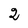
Character: 2